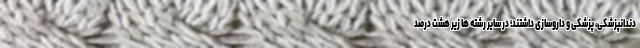
دندانپزشکی، پزشکی و داروسازی داشتند؛ در سایر رشته ها زیر هشت درصد